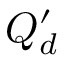
Q _ { d } ^ { \prime }